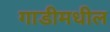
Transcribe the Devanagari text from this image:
गाडीमधील